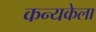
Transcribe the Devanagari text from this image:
कन्यकेला